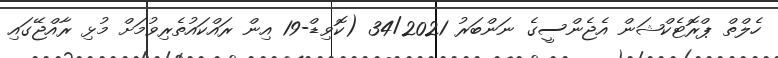
ހެލްތް ޕްރޮޓެކްޝަން އެޖެންސީގެ ނަންބަރު 34/2021 (ކޮވިޑް-19 އިން ރައްކައުތެރިވުމަށް މުޅި ރާއްޖޭގައި